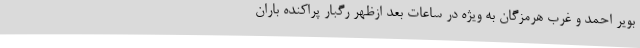
بویر احمد و غرب هرمزگان به ویژه در ساعات بعد ازظهر رگبار پراکنده باران